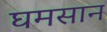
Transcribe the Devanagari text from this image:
घमसान